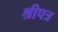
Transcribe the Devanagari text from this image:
श्रीपत्र